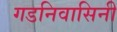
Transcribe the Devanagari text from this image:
गडनिवासिनी